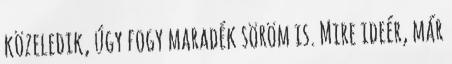
közeledik, úgy fogy maradék söröm is. Mire ideér, már